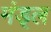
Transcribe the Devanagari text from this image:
मंड्ल